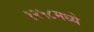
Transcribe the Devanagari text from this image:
१२५८मध्ये